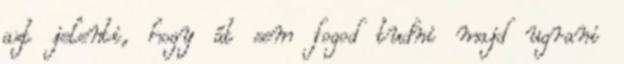
azt jelenti, hogy át sem fogod tudni majd ugrani